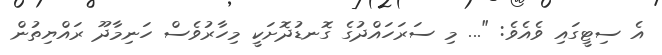
އެ ސިޓީގައި ވެއެވެ: "... މި ސަރަހައްދުގެ ގޮނޑުދޮށަކީ މިހާރުވެސް ހަނިމާދޫ ރައްޔިތުން